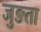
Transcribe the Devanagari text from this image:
जुङता